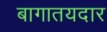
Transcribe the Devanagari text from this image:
बागातयदार